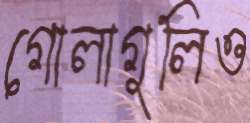
গোলাগুলিও